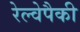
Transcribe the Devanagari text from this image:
रेल्वेपैकी